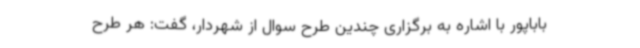
باباپور با اشاره به برگزاری چندین طرح سوال از شهردار، گفت: هر طرح